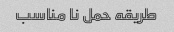
طریقه حمل نا مناسب